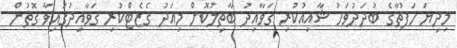
މިދިޔަ ހަފުތާގެ ބުދަދުވަހު ޝާއިއުކުރި ގަވާއިދު ބާތިލުކޮށް މިއަދު ގެޒެޓްކުރި ގަވާއިދުގައިވާ ގޮތުން